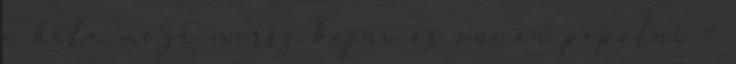
a háta mögé mersz bújni és onnan papolni –